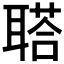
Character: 𦖿